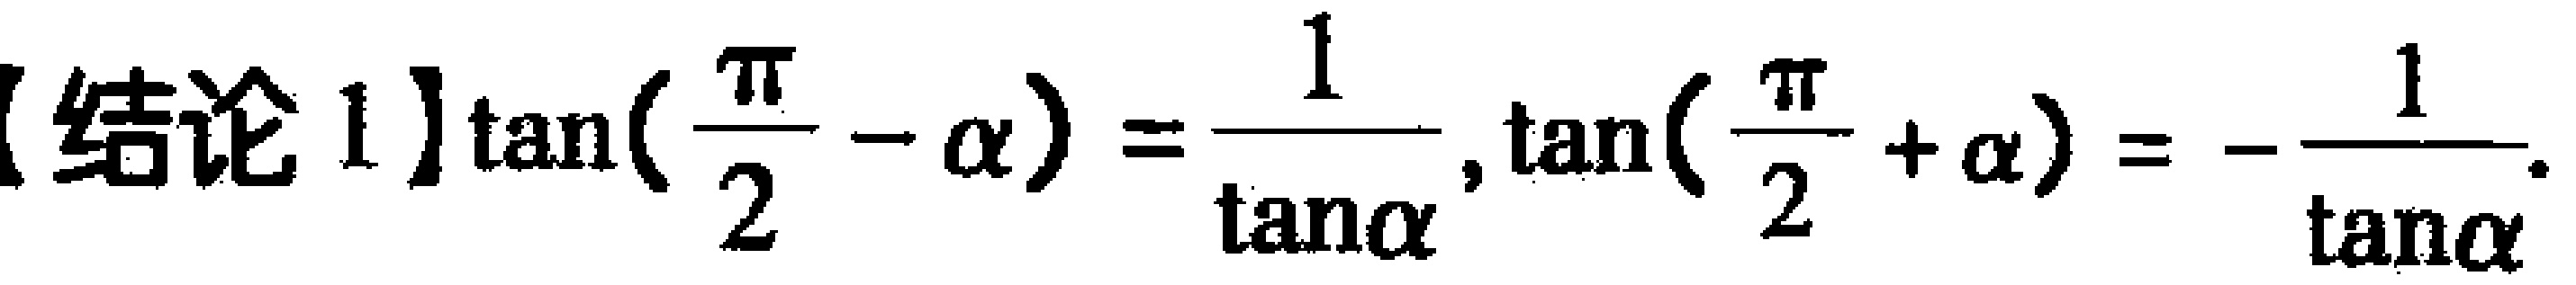
【结论 1】$\tan(\frac{\pi}{2}-\alpha)=\frac{1}{\tan\alpha},\tan(\frac{\pi}{2}+\alpha)=-\frac{1}{\tan\alpha}.$